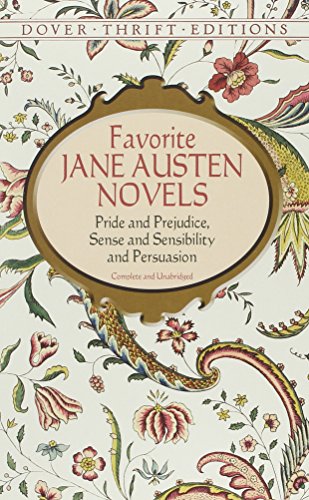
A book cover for Favorite Jane Austen Novels: Pride and Prejudice, Sense and Sensibility and Persuasion (Dover Thrift Editions); Jane Austen; Politics & Social Sciences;